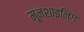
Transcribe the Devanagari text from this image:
मूनशाइनिंग